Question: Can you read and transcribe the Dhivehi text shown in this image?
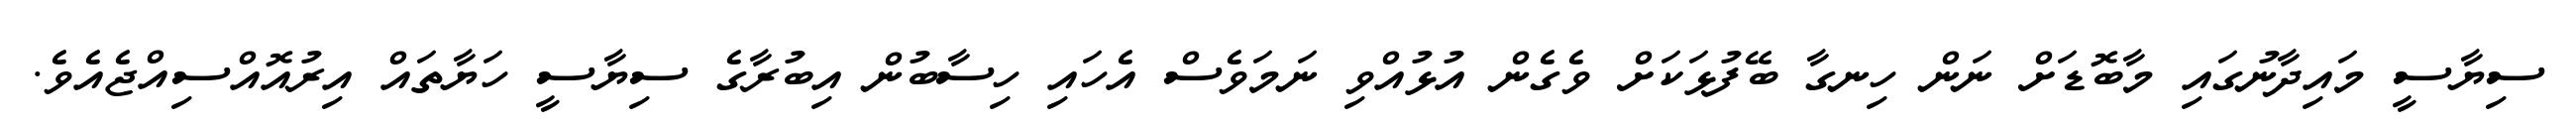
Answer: ސިޔާސީ މައިދާނުގައި މާބޮޑަށް ނަން ހިނގާ ބޭފުޅަކަށް ވެގެން އުޅުއްވި ނަމަވެސް އެހައި ހިސާބުން އިބުރާގެ ސިޔާސީ ހަޔާތައް އިރުއޮއްސިއްޖެއެވެ.